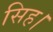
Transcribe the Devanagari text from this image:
सिह।